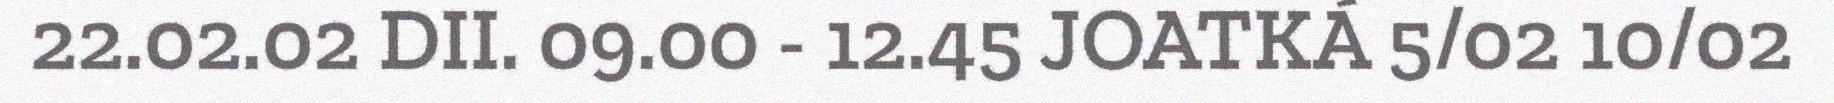
22.02.02 DII. 09.00 - 12.45 JOATKÁ 5/02 10/02